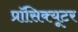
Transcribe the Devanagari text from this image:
प्रॉसिक्यूटर